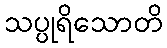
သပ္ပုရိသောတိ